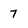
Character: 7